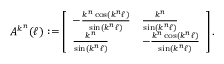
A ^ { k ^ { n } } ( \ell ) : = \left[ \begin{array} { l l } { - \frac { k ^ { n } \cos ( k ^ { n } \ell ) } { \sin ( k ^ { n } \ell ) } } & { \frac { k ^ { n } } { \sin ( k ^ { n } \ell ) } } \\ { \frac { k ^ { n } } { \sin ( k ^ { n } \ell ) } } & { - \frac { k ^ { n } \cos ( k ^ { n } \ell ) } { \sin ( k ^ { n } \ell ) } } \end{array} \right] .